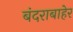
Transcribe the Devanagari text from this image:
बंदराबाहेर